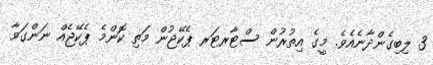
3 ލިބިގެންދާނެއެވެ. މީގެ އިތުރުން ސްޓާރޓަރ ޕެކޭޖުން މަތި ކޮންމެ ޕެކޭޖެއް ނަންގަވާ